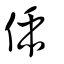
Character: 偛